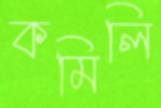
কমিলি